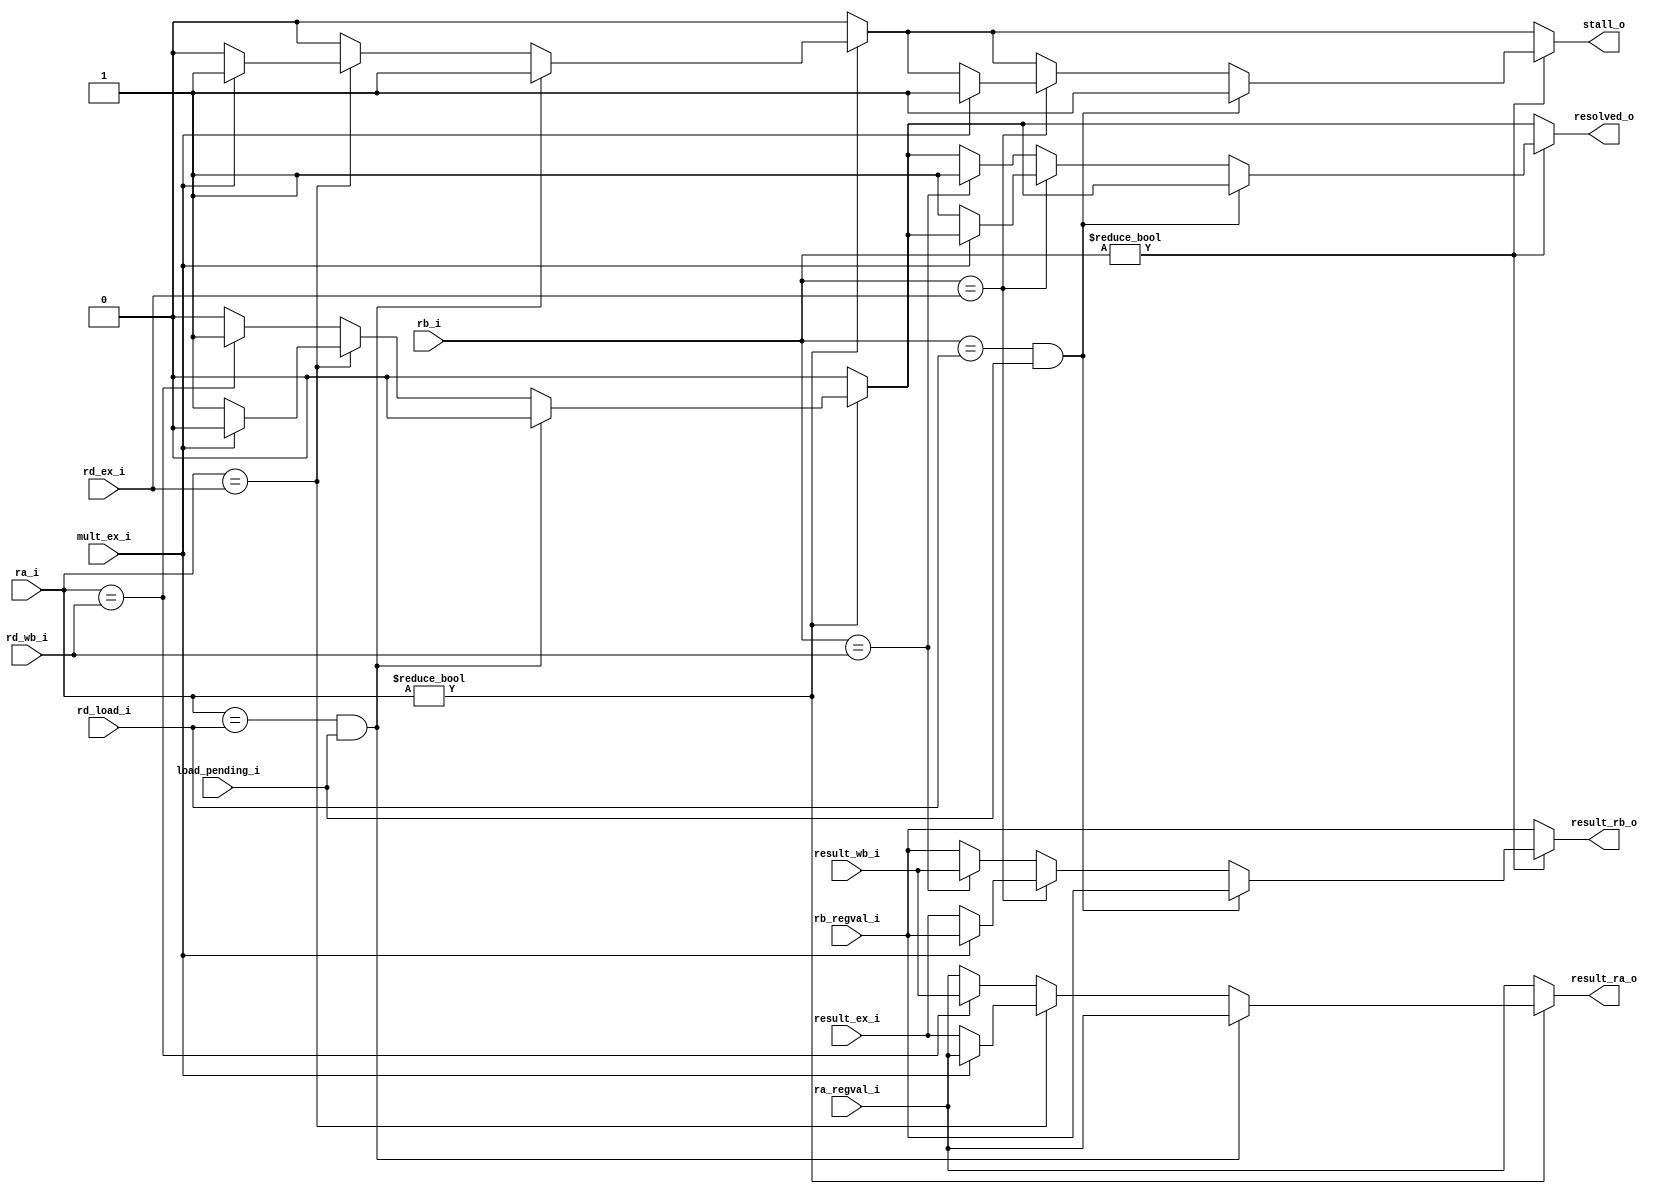
module altor32_dfu
(
    // Input registers
    input [4:0]         ra_i /*verilator public*/,
    input [4:0]         rb_i /*verilator public*/,

    // Input register contents
    input [31:0]        ra_regval_i /*verilator public*/,
    input [31:0]        rb_regval_i /*verilator public*/,

    // Dest register (EXEC stage)
    input [4:0]         rd_ex_i/*verilator public*/,

    // Dest register (WB stage)
    input [4:0]         rd_wb_i/*verilator public*/,

    // Load pending / target
    input               load_pending_i /*verilator public*/,
    input [4:0]         rd_load_i /*verilator public*/,

    // Multiplier status
    input               mult_ex_i /*verilator public*/,

    // Result (EXEC)
    input [31:0]        result_ex_i /*verilator public*/,

    // Result (WB)
    input [31:0]        result_wb_i /*verilator public*/,

    // Resolved register values
    output reg [31:0]   result_ra_o /*verilator public*/,
    output reg [31:0]   result_rb_o /*verilator public*/,

    // Result required resolving
    output reg          resolved_o /*verilator public*/,

    // Stall due to failed resolve
    output reg          stall_o /*verilator public*/
);

//-------------------------------------------------------------------
// Data forwarding unit
//-------------------------------------------------------------------
always @ *
begin
   // Default to no forwarding
   result_ra_o  = ra_regval_i;
   result_rb_o  = rb_regval_i;
   stall_o      = 1'b0;
   resolved_o   = 1'b0;

   //---------------------------------------------------------------
   // RA - Hazard detection & forwarding
   //---------------------------------------------------------------

   // Register[ra] hazard detection & forwarding logic
   // (higher priority = latest results!)
   if (ra_i != 5'b00000)
   begin
       //---------------------------------------------------------------
       // RA from load (result not ready)
       //---------------------------------------------------------------
       if (ra_i == rd_load_i & load_pending_i)
       begin
            stall_o     = 1'b1;  
`ifdef CONF_CORE_DEBUG
            $display(" rA[%d] not ready as load still pending", ra_i);
`endif   
       end   
       //---------------------------------------------------------------
       // RA from PC-4 (exec)
       //---------------------------------------------------------------
       else if (ra_i == rd_ex_i)
       begin
            // Multiplier has one cycle latency, stall if needed now
            if (mult_ex_i)
                stall_o     = 1'b1;  
            else
            begin
                result_ra_o = result_ex_i;
                resolved_o  = 1'b1;
`ifdef CONF_CORE_DEBUG
                $display(" rA[%d] forwarded 0x%08x (PC-4)", ra_i, result_ra_o);
`endif   
            end
       end
       //---------------------------------------------------------------
       // RA from PC-8 (writeback)
       //---------------------------------------------------------------
       else if (ra_i == rd_wb_i)
       begin
            result_ra_o = result_wb_i;

            resolved_o  = 1'b1;
`ifdef CONF_CORE_DEBUG
            $display(" rA[%d] forwarded 0x%08x (PC-8)", ra_i, result_ra_o);
`endif
       end
   end
   
   //---------------------------------------------------------------
   // RB - Hazard detection & forwarding
   //---------------------------------------------------------------       

   // Register[rb] hazard detection & forwarding logic
   // (higher priority = latest results!)
   if (rb_i != 5'b00000)
   begin

       //---------------------------------------------------------------
       // RB from load (result not ready)
       //---------------------------------------------------------------
       if (rb_i == rd_load_i & load_pending_i)
       begin
            stall_o     = 1'b1;  
`ifdef CONF_CORE_DEBUG
            $display(" rB[%d] not ready as load still pending", rb_i);
`endif   
       end 
       //---------------------------------------------------------------
       // RB from PC-4 (exec)
       //---------------------------------------------------------------
       else if (rb_i == rd_ex_i)
       begin
            // Multiplier has one cycle latency, stall if needed now
            if (mult_ex_i)
                stall_o     = 1'b1;  
            else
            begin           
                result_rb_o = result_ex_i;
                resolved_o  = 1'b1;

`ifdef CONF_CORE_DEBUG
                $display(" rB[%d] forwarded 0x%08x (PC-4)", rb_i, result_rb_o);
`endif
            end
       end
       //---------------------------------------------------------------
       // RB from PC-8 (writeback)
       //---------------------------------------------------------------
       else if (rb_i == rd_wb_i)
       begin        
            result_rb_o = result_wb_i;

            resolved_o  = 1'b1;

`ifdef CONF_CORE_DEBUG
            $display(" rB[%d] forwarded 0x%08x (PC-8)", rb_i, result_rb_o);
`endif
       end
   end
end

endmodule